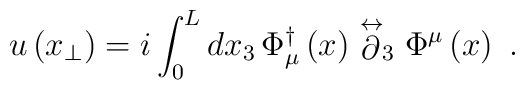
u \left(x_{\perp}\right) = i \int_{0}^{L} dx_{3}\,  \Phi^{\dagger}_{\mu}\left(x\right)\stackrel{\leftrightarrow}{\partial}_{3}  \Phi^{\mu}\left(x\right) \ .